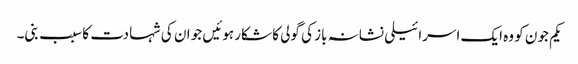
یکم جون کو وہ ایک اسرائیلی نشانہ باز کی گولی کا شکار ہوئیں جو ان کی شہادت کا سبب بنی۔